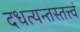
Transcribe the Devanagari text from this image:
दधत्यन्तस्तत्त्वं